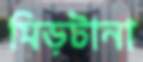
মিড়টানা